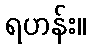
ရဟန်း။